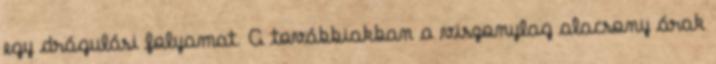
egy drágulási folyamat. A továbbiakban a viszonylag alacsony árak